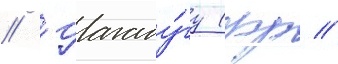
// Уагаду́гу (фр //